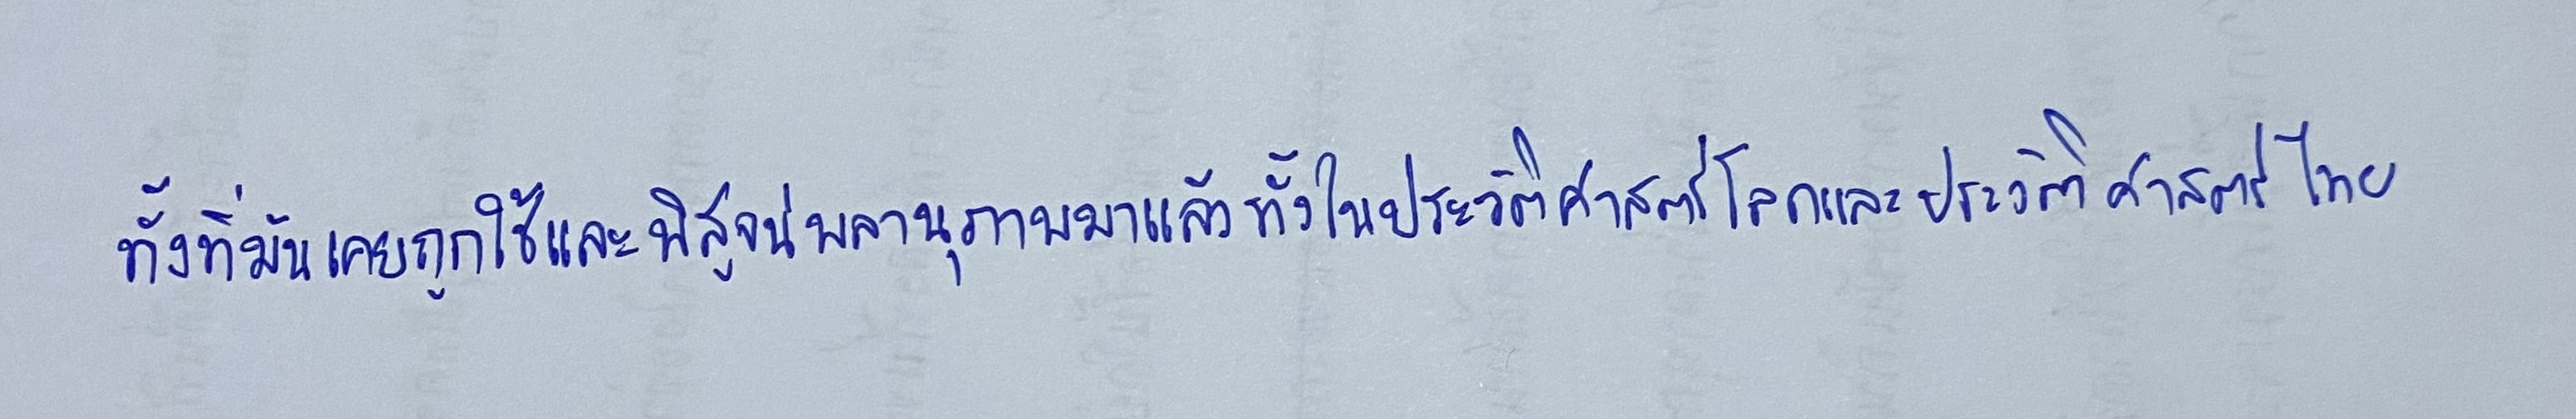
ทั้งที่มันเคยถูกใช้และพิสูจน์พลานุภาพมาแล้วทั้งในประวัติศาสตร์โลกและประวัติศาสตร์ไทย